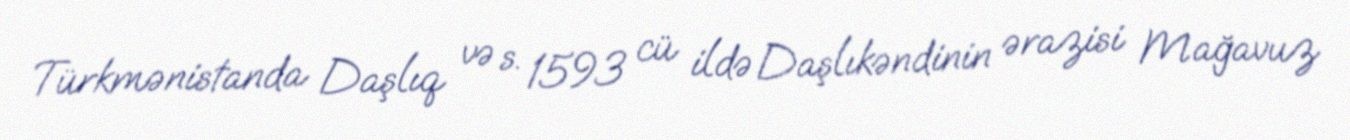
Türkmənistanda Daşlıq və s. 1593 cü ildə Daşlıkəndinin ərazisi Mağavuz